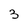
Character: 3